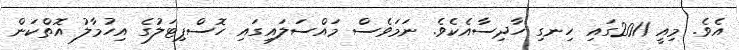
އެވެ. މިއީ 2011ގައި ހިނގި ހާދިސާއެކެވެ. ނަމަވެސް މައްސަލައިގައި ހޮސްޕިޓަލުގެ އިހުމާލު އޮތްކަން